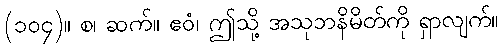
(၁၀၄)။ စ၊ ဆက်။ ဧဝံ၊ ဤသို့ အသုဘနိမိတ်ကို ရှာလျက်။